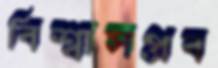
বিশ্বাসপ্রব